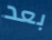
بعد